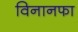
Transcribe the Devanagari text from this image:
विनानफा